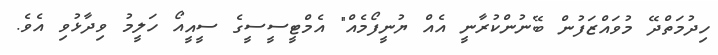
ހިދުމަތްދޭ މުވައްޒަފުން ބޭނުންކުރާނީ އެއް ޔުނީފޯމެއް" އެމްޓީސީސީގެ ސީއީއޯ ހަލީމު ވިދާޅުވި އެވެ.